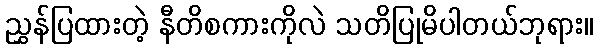
ညွှန်ပြထားတဲ့ နီတိစကားကိုလဲ သတိပြုမိပါတယ်ဘုရား။